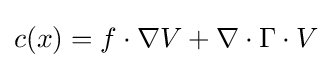
c(x)=f\cdot \nabla V+\nabla \cdot \Gamma \cdot V